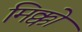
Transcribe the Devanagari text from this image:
मिक्को